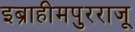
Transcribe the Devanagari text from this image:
इब्राहीमपुरराजू